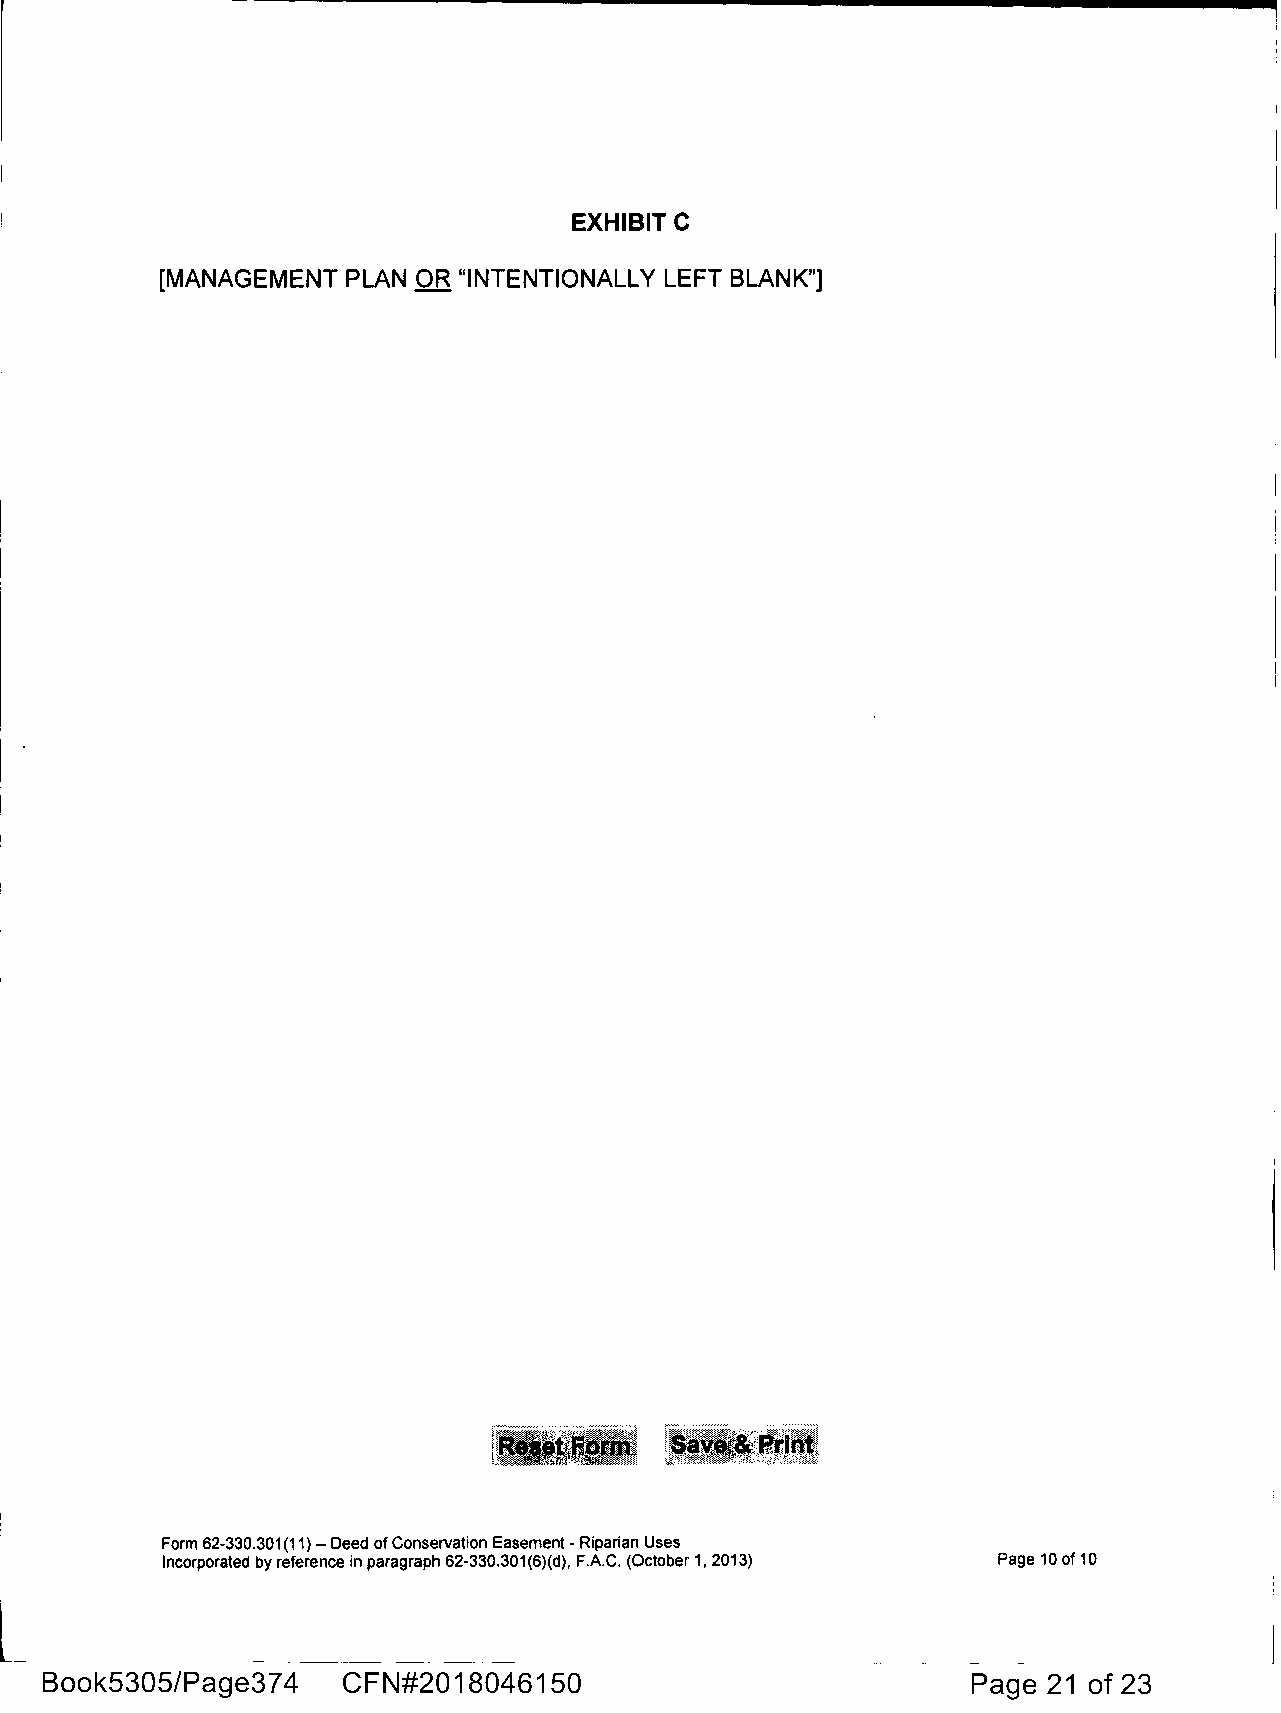
EXHIBITC
 [MANAGEMENT PLAN OR "INTENTIONALLY LEFT BLANK"]
 Form 62-330.301 (11) - Deed of Conservation Easement -Riparian Uses
 Incorporated by reference in paragraph 62-330.301(6)(d), F.A.C. (October 1, 2013) Page10of10
 -------     -  --- -
 Book5305/Page374    CFN#2018046150                           Page 21 of 23